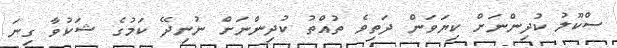
ސްކޫލު ކުދިންނަށް ކިޔަވަން ދަތިވެ ތުއްތު ކުދިންނަށް ނުނިދޭ ކަމުގެ ޝަކުވާ ގިނަ